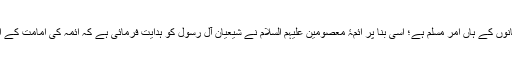
شب قدر اور فرشتوں کا نزول تمام مسلمانوں کے ہاں امر مسلّم ہے؛ اسی بنا پر ائمۂ معصومین علیہم السلام نے شیعیان آل رسول کو ہدایت فرمائی ہے کہ ائمہ کی امامت کے اثبات کے لئے ان آیات سے استناد کریں۔